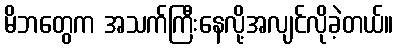
မိဘတွေက အသက်ကြီးနေလို့အလျင်လိုခဲ့တယ်။